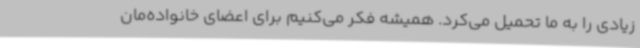
زیادی را به ما تحمیل می‌کرد. همیشه فکر می‌کنیم برای اعضای خانواده‌مان